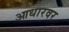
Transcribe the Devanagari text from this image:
आधारवर